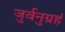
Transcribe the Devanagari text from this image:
जुर्वनुग्रहं